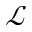
\mathcal { L }